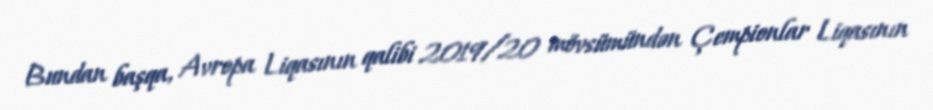
Bundan başqa, Avropa Liqasının qalibi 2019/20 mövsümündən Çempionlar Liqasının